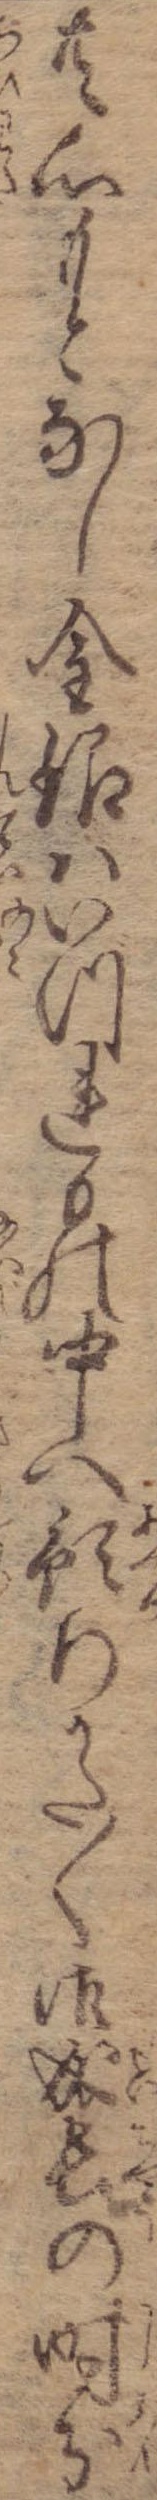
共心もとなし金銀はいづれもの中へ預りかた〱御成長の時分